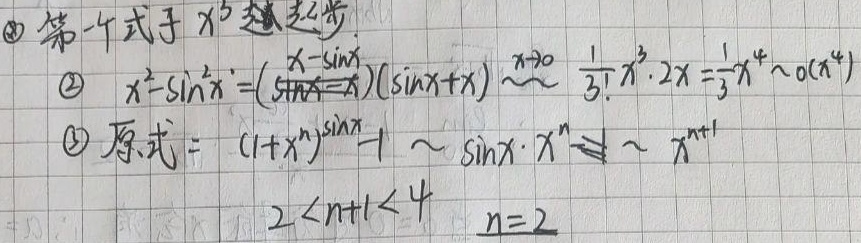
\textcircled{1} 第一个式子 \(x^{3}\) 起起步
\textcircled{2} \(x^{2}-\sin^{2}x=(x - \sin x)(\sin x + x)\overset{x\to 0}{\sim}\frac{1}{3!}x^{3}\cdot 2x=\frac{1}{3}x^{4}\sim o(x^{4})\)
\textcircled{3} 原式 \(=(1 + x^{n})^{\sin x}-1\sim\sin x\cdot x^{n}\sim x^{n + 1}\)
\(2 < n + 1<4\)  \(n = 2\)